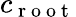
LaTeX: c_{\mathrm{~r~o~o~t~}}